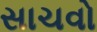
સાચવો